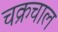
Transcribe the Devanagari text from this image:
चक्रचाल